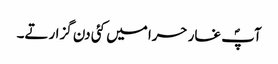
آپؐ غار حرا میں کئی دن گزارتے۔